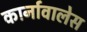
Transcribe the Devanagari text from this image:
कार्नावालेस